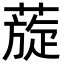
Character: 蔙